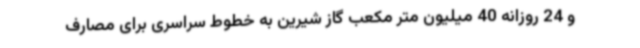
و 24 روزانه 40 میلیون متر مکعب گاز شیرین به خطوط سراسری برای مصارف